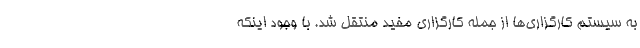
به سیستم کارگزاری‌ها از جمله کارگزاری مفید منتقل شد. با وجود اینکه